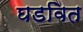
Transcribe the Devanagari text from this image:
घडवित